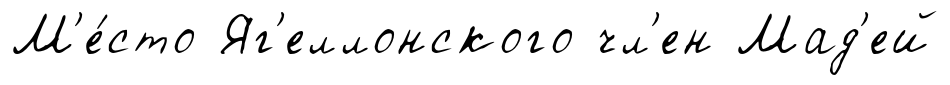
М'е́сто Яг'еллонского чл'ен Мад'ей